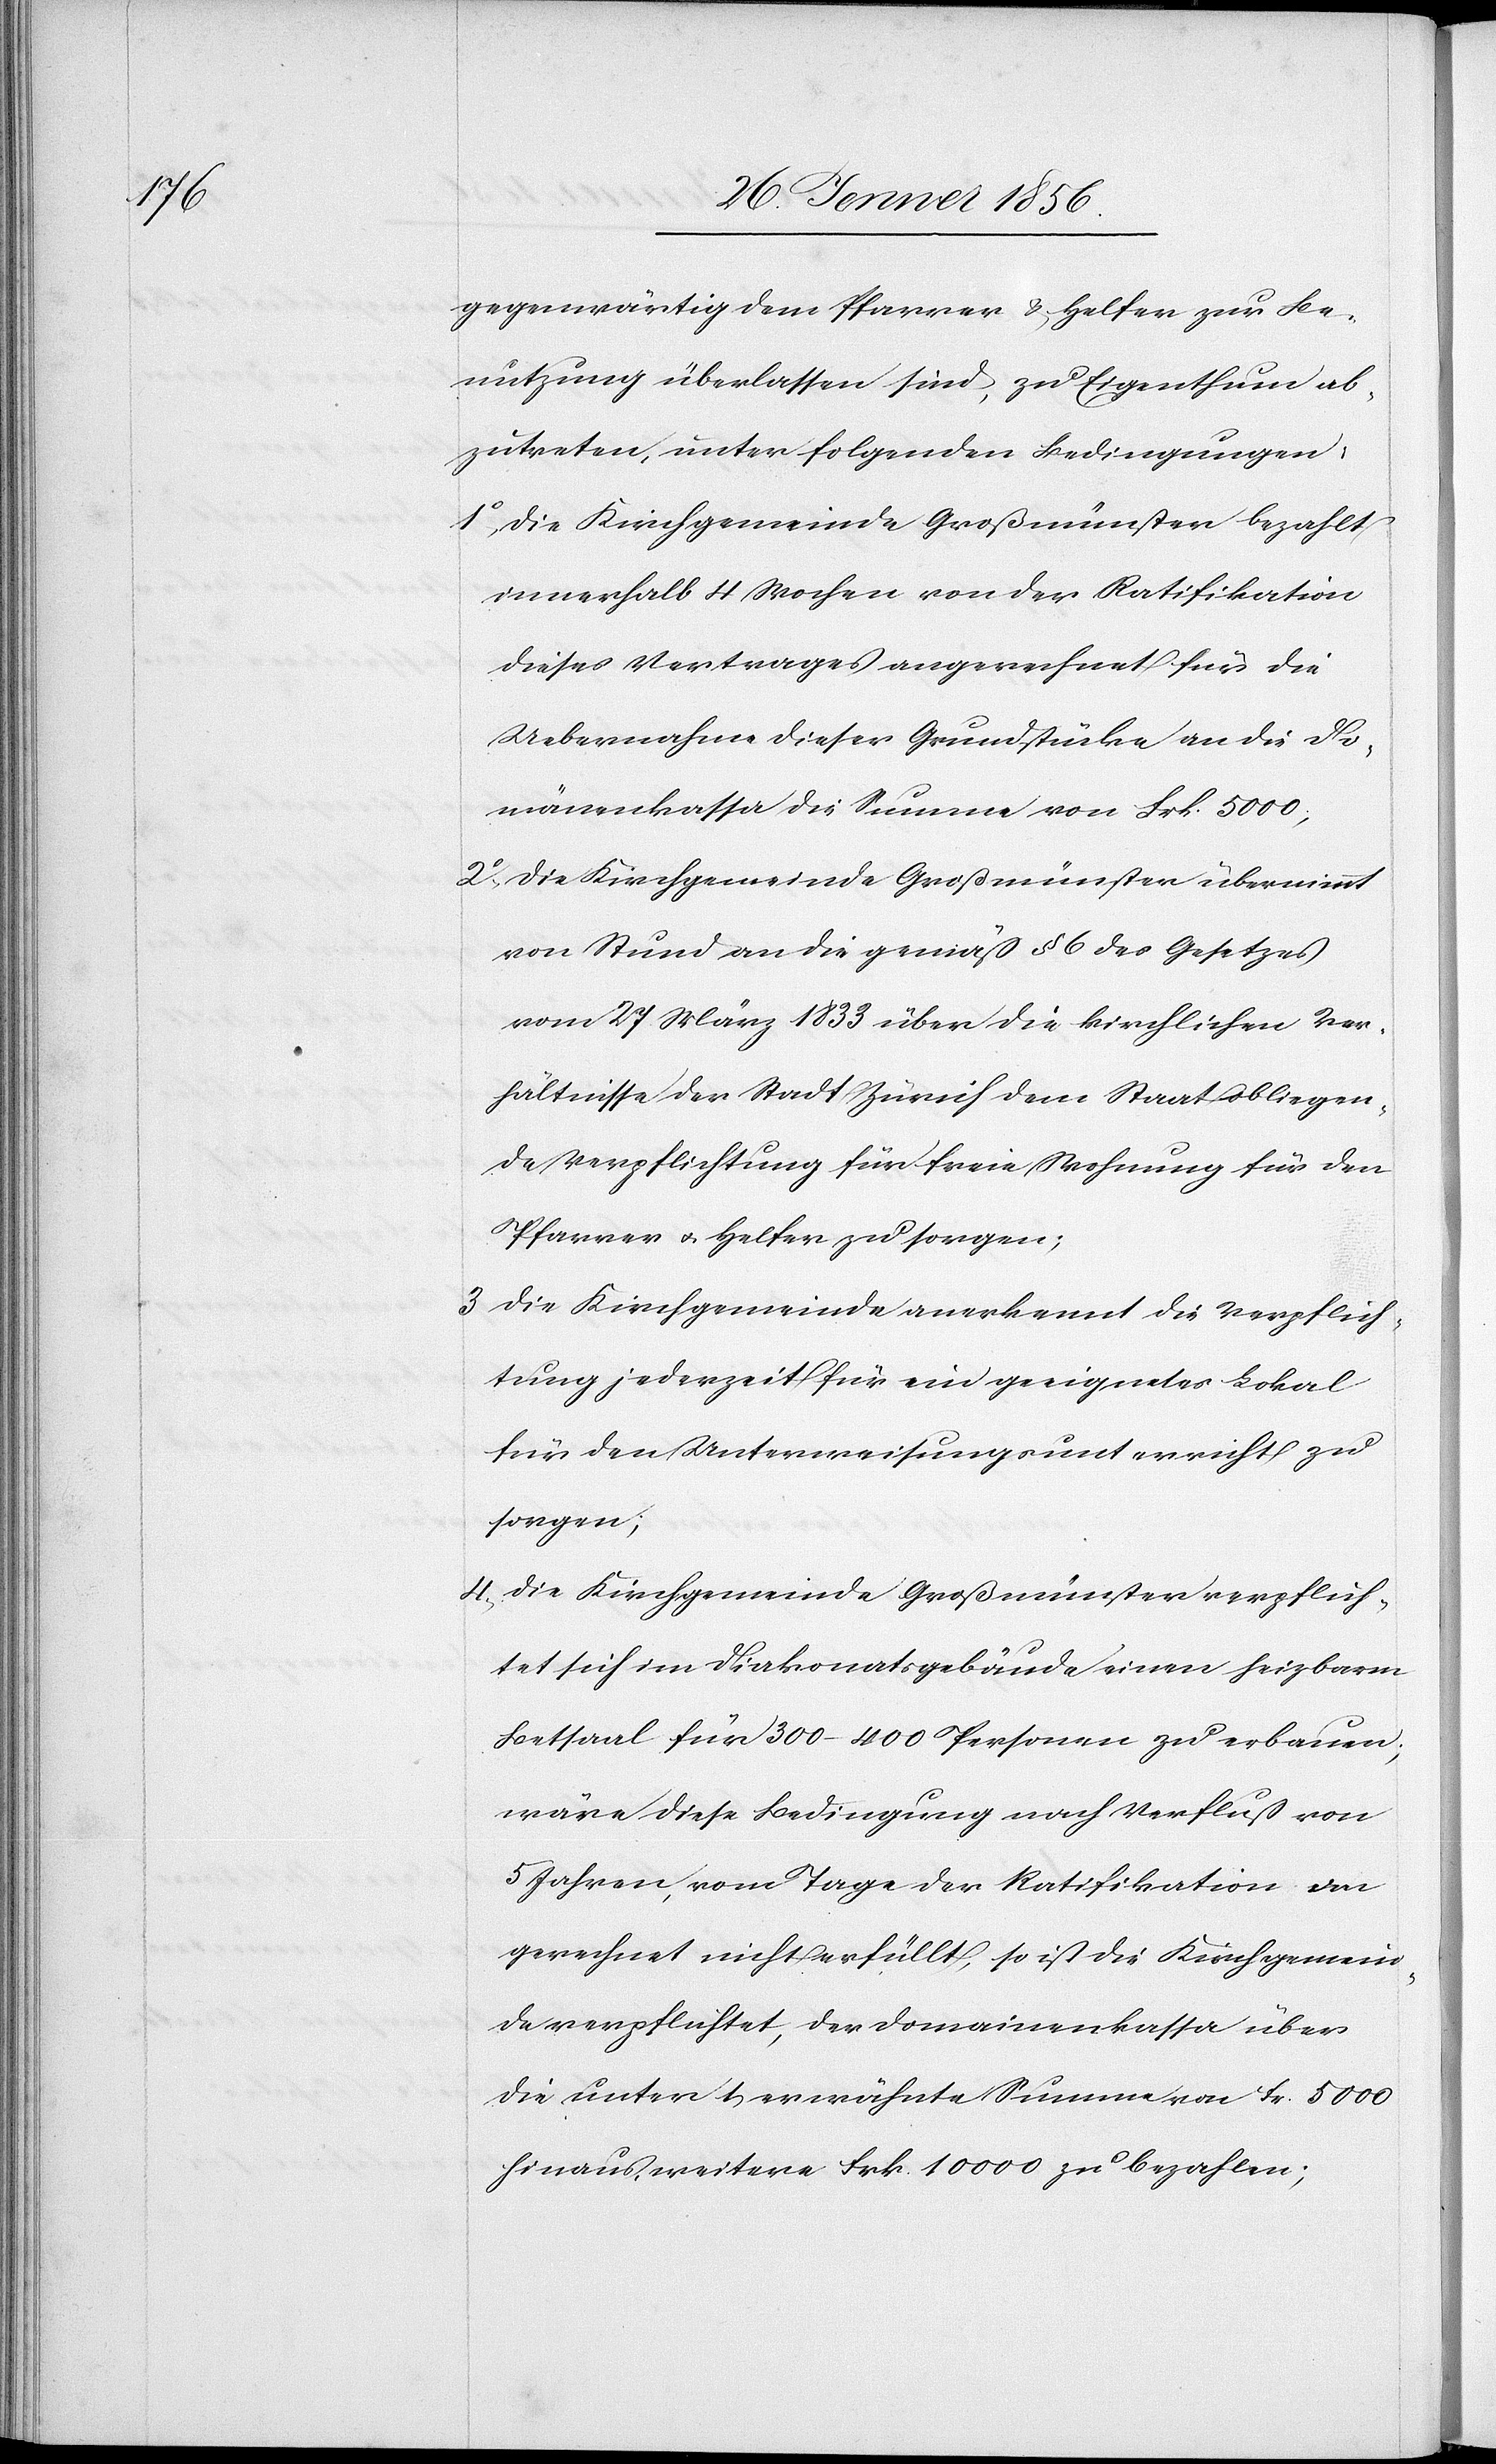
gegenwärtig dem Pfarrer u. Helfer zur Be¬
nutzung überlassen sind, zu Eigenthum ab¬
zutreten, unter folgenden Bedingungen:
1o, Die Kirchengemeinde Großmünster bezahlt
innerhalb 4 Wochen von der Ratifikation
dieses Vertrages angerechnet für die
Uebernahme dieser Grundstücke an die Do¬
mänenkassa die Summe von Frk. 5000;
2o., Die Kirchgemeinde Großmünster übernimmt
von Stund an die gemäß § 6 des Gesetzes
vom 27 März 1855 über die kirchlichen Ver¬
hältnisse der Stadt Zürich dem Staat obliegen¬
de Verpflichtung für freie Wohnung für den
Pfarrer u. Helfer zu sorgen;
3 Die Kirchgemeinde anerkennt die Verpflich¬
tung jederzeit für ein geeignetes Lokal
für den Unterweisungsunterricht zu
sorgen;
4., Die Kirchgemeinde Großmünster verpflich¬
tet sich im Diakonatsgebäude einen heizbaren
Betsaal für 300–400 Personen zu erbauen;
wäre diese Bedingung nach Verfluß von
5 Jahren, vom Tage der Ratifikation an
gerechnet nicht erfüllt, so ist die Kirchgemein¬
de verpflichtet, der Domainenkassa über
die unter 1, erwähnte Summe von Fr. 5000
hinaus, weitere Frk. 10000 zu bezahlen;